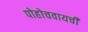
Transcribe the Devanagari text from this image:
पोहोचवायची